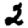
Digit: 2